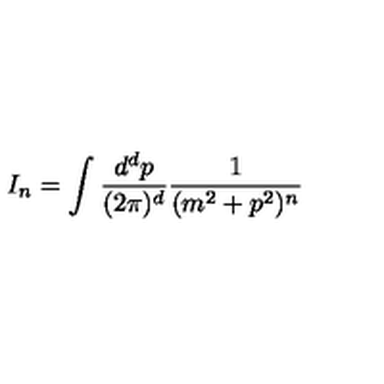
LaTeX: I _ { n } = \int \frac { d ^ { d } p } { ( 2 \pi ) ^ { d } } \frac { 1 } { ( m ^ { 2 } + p ^ { 2 } ) ^ { n } }